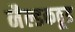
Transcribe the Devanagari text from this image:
नैल्डकठूड